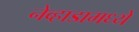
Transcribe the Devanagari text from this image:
नेव्हाडामध्ये